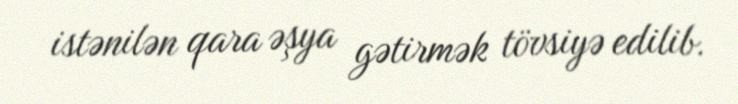
istənilən qara əşya gətirmək tövsiyə edilib.